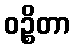
ဝဉ္စိတာ